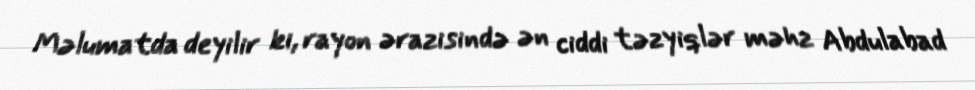
Məlumatda deyilir ki, rayon ərazisində ən ciddi təzyiqlər məhz Abdulabad